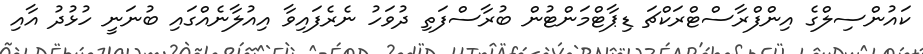
ކައުންސިލްގެ އިންފްރާސްޓްރަކްޗަ ޑިޕާޓްމަންޓުން ބުރާސްފަތި ދުވަހު ނެރެފައިވާ އިއުލާނެއްގައި ބުނަނީ ހުޅުދު އާއި